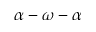
\alpha - \omega - \alpha